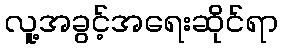
လူ့အခွင့်အရေးဆိုင်ရာ